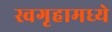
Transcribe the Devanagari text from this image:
स्वगृहामध्ये